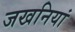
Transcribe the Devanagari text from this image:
जखनियां